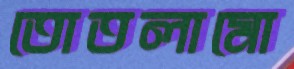
তোতলামো